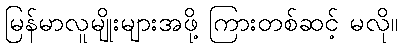
မြန်မာလူမျိုးများအဖို့ ကြားတစ်ဆင့် မလို။